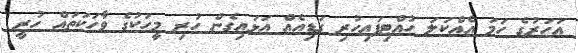
އަހަރުގެ ހަމަ އެއްކަލަ ހުއްޓިފައިހުރި ގަޑިއެއް އަޅައިގެން ހުރި މީހަކުގެ ވާހަކަތައް ހުރީ